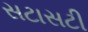
સટાસટી